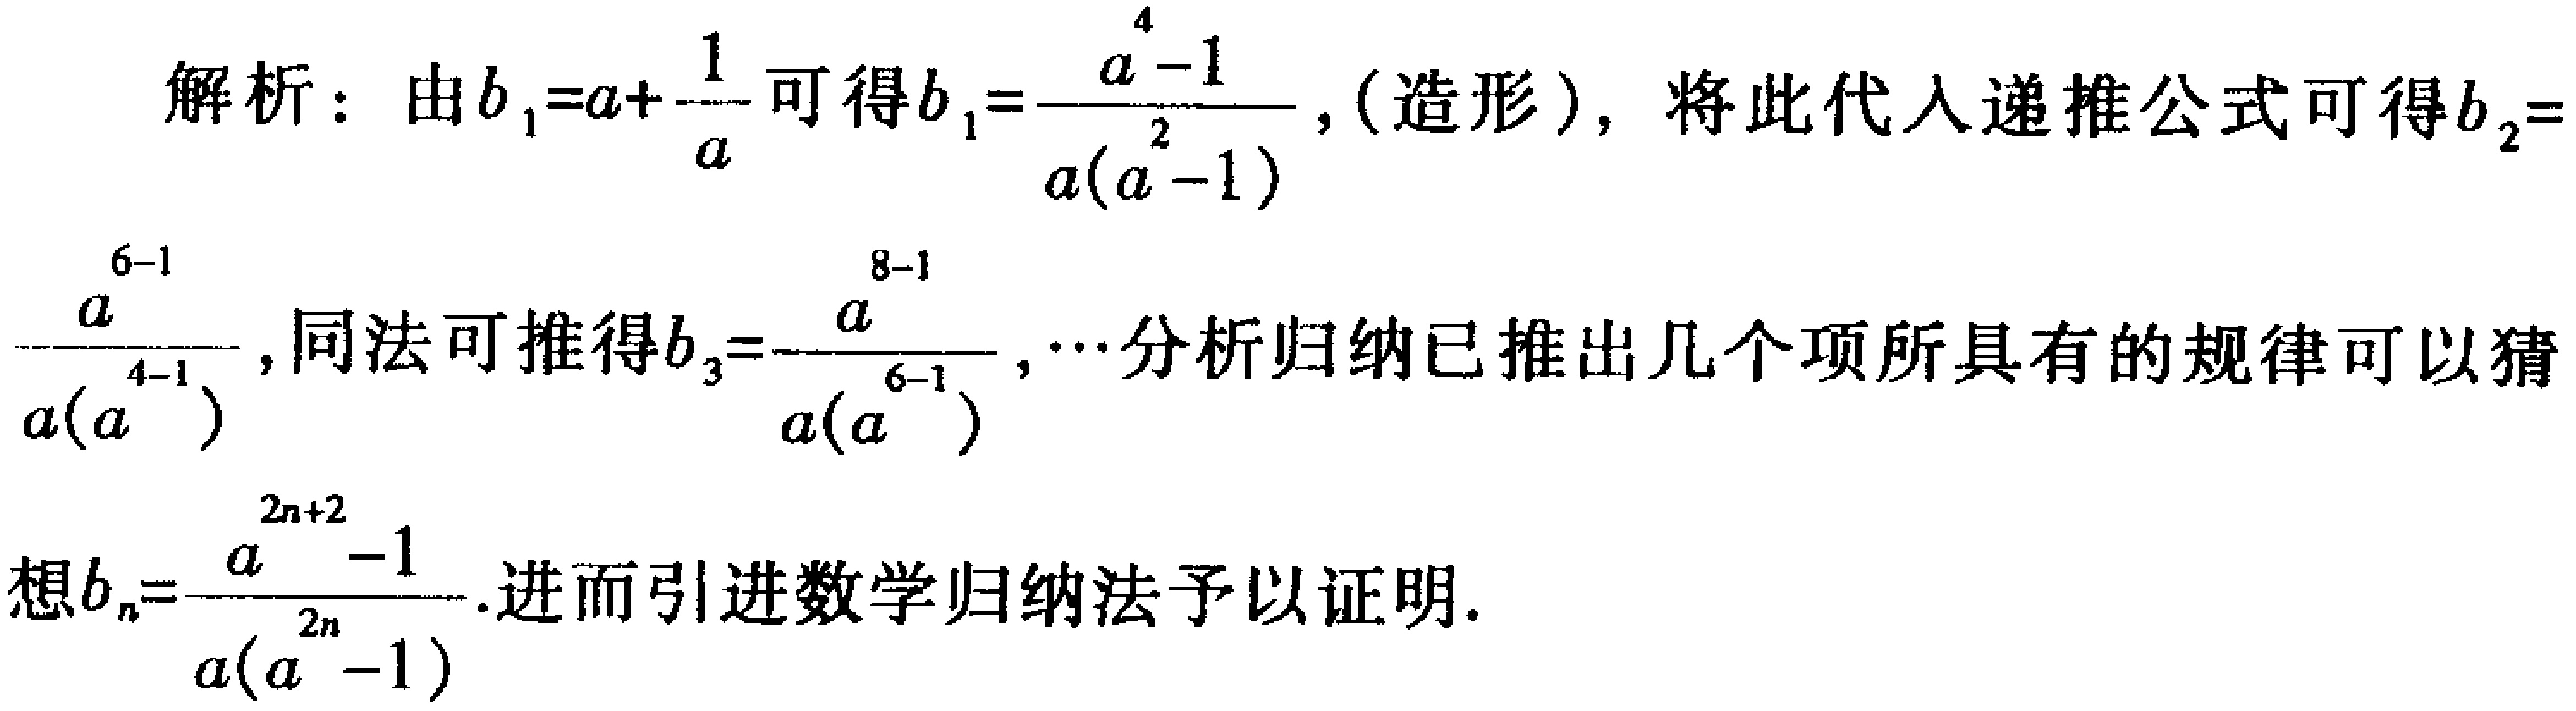
解析：由\(b_{1}=a + \frac{1}{a}\)可得\(b_{1}=\frac{a^{4}-1}{a(a^{2}-1)}\)，(造形)，将此代入递推公式可得\(b_{2}=\frac{a^{6 - 1}}{a(a^{4 - 1})}\)，同法可推得\(b_{3}=\frac{a^{8 - 1}}{a(a^{6 - 1})},\cdots\)分析归纳已推出几个项所具有的规律可以猜想\(b_{n}=\frac{a^{2n + 2}-1}{a(a^{2n}-1)}\).进而引进数学归纳法予以证明.